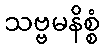
သဗ္ဗမနိစ္စံ